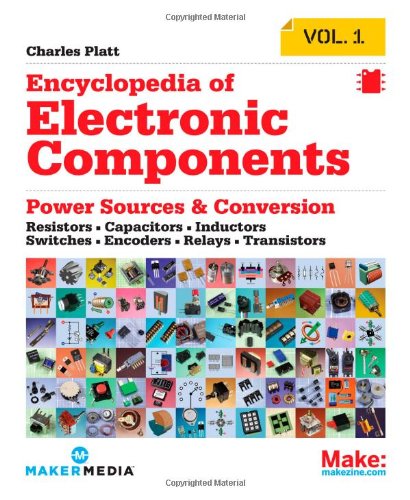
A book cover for Make: Encyclopedia of Electronic Components Volume 1: Resistors, Capacitors, Inductors, Switches, Encoders, Relays, Transistors; Charles Platt; Engineering & Transportation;